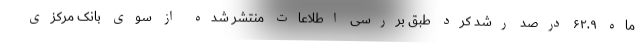
ماه ۶۲.۹ درصد رشد کرد طبق بررسی اطلاعات منتشر شده از سوی بانک مرکزی